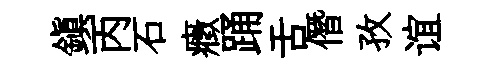
鎭丙石癥踊舌僭孜谊